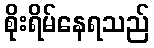
စိုးရိမ်နေရသည်